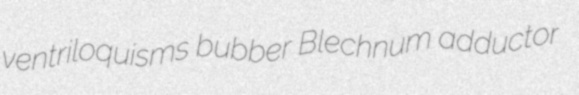
ventriloquisms bubber Blechnum adductor